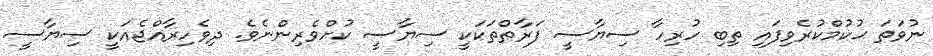
ނުވަތަ ޙުކުމްކުރެވިފައި ތިބި ހުރިހާ ސިޔާސީ ފަރާތްތަކަކީ ސިޔާސީ ކުށްވެރިންނެވެ. ދިވެހިރާއްޖެއަކީ ސިޔާސީ